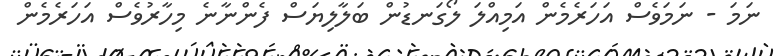
ނަމަ - ނަމަވެސް އަހަރެމެން އަމިއްލަ ލޯގަނޑުން ބަލާލިޔަސް ފެންނާނެ މިހާރުވެސް އަހަރެމެން